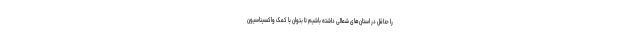
را حداقل در استان‌های شمالی داشته باشیم تا بتوان با کمک واکسیناسیون